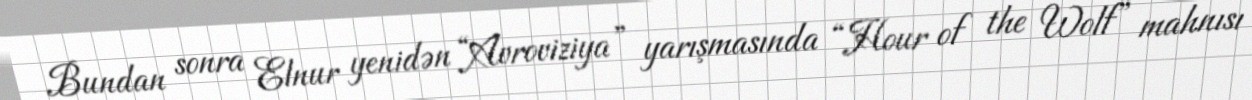
Bundan sonra Elnur yenidən “Avroviziya” yarışmasında “Hour of the Wolf” mahnısı